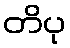
တိပု